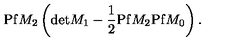
\mathrm { P f } M _ { 2 } \left( \mathrm { d e t } M _ { 1 } - \frac { 1 } { 2 } \mathrm { P f } M _ { 2 } \mathrm { P f } M _ { 0 } \right) .